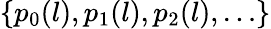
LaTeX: \{ p_{0}(l),p_{1}(l),p_{2}(l),\ldots\}